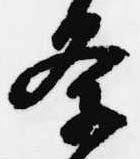
条